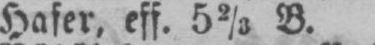
Hafer, eff. 52/3 B.